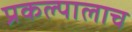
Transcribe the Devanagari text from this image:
प्रकल्पालाच